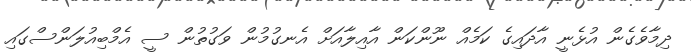
ދިމާވެގެން އުޅެނީ އާދައިގެ ކަމެއް ނޫންކަން އާއިލާއަށް އެނގުމުން ވަގުތުން ސީ އެމްބިއުލަންސްގައި